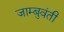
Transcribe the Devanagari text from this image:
जाम्बुवंती